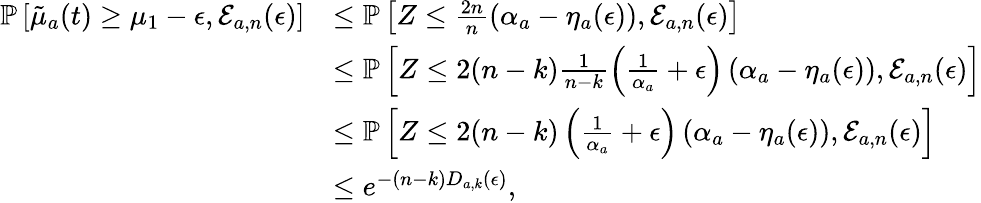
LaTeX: \begin{array}{rl}{\mathbb{P}\left[\tilde{\mu}_{a}(t)\geq\mu_{1}-\epsilon,\mathcal{E}_{a,n}(\epsilon)\right]}&{\leq\mathbb{P}\left[Z\leq\frac{2n}{n}\left(\alpha_{a}-\eta_{a}(\epsilon)\right),\mathcal{E}_{a,n}(\epsilon)\right]}\\ &{\leq\mathbb{P}\left[Z\leq 2(n-k)\frac{1}{n-k}\left(\frac{1}{\alpha_{a}}+\epsilon\right)\left(\alpha_{a}-\eta_{a}(\epsilon)\right),\mathcal{E}_{a,n}(\epsilon)\right]}\\ &{\leq\mathbb{P}\left[Z\leq 2(n-k)\left(\frac{1}{\alpha_{a}}+\epsilon\right)\left(\alpha_{a}-\eta_{a}(\epsilon)\right),\mathcal{E}_{a,n}(\epsilon)\right]}\\ &{\leq e^{-(n-k)D_{a,k}(\epsilon)},}\end{array}